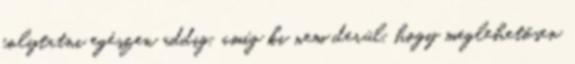
folytatni egészen addig, amíg ki nem derül, hogy meglehetősen